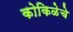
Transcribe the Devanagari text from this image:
कोकिळेचे